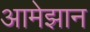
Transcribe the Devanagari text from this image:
आमेझान